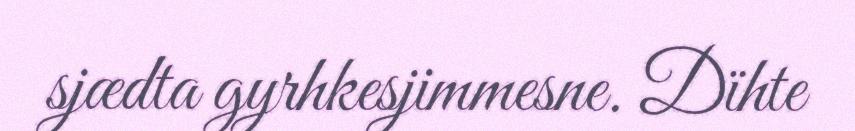
sjædta gyrhkesjimmesne. Dïhte